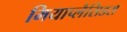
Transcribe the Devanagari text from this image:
मियाप्लैसिडस